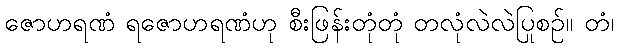
ဇောဟရဏံ ရဇောဟရဏံဟု စီးဖြန်းတုံတုံ တလုံလဲလဲပြုစဉ်။ တံ၊